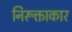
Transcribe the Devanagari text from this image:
निरूक्ताकार